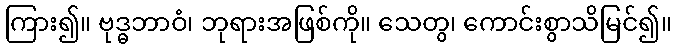
ကြား၍။ ဗုဒ္ဓဘာဝံ၊ ဘုရားအဖြစ်ကို။ သေတွ၊ ကောင်းစွာသိမြင်၍။